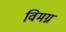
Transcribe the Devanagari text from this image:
विमग्न